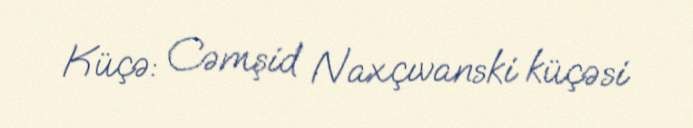
Küçə: Cəmşid Naxçıvanski küçəsi